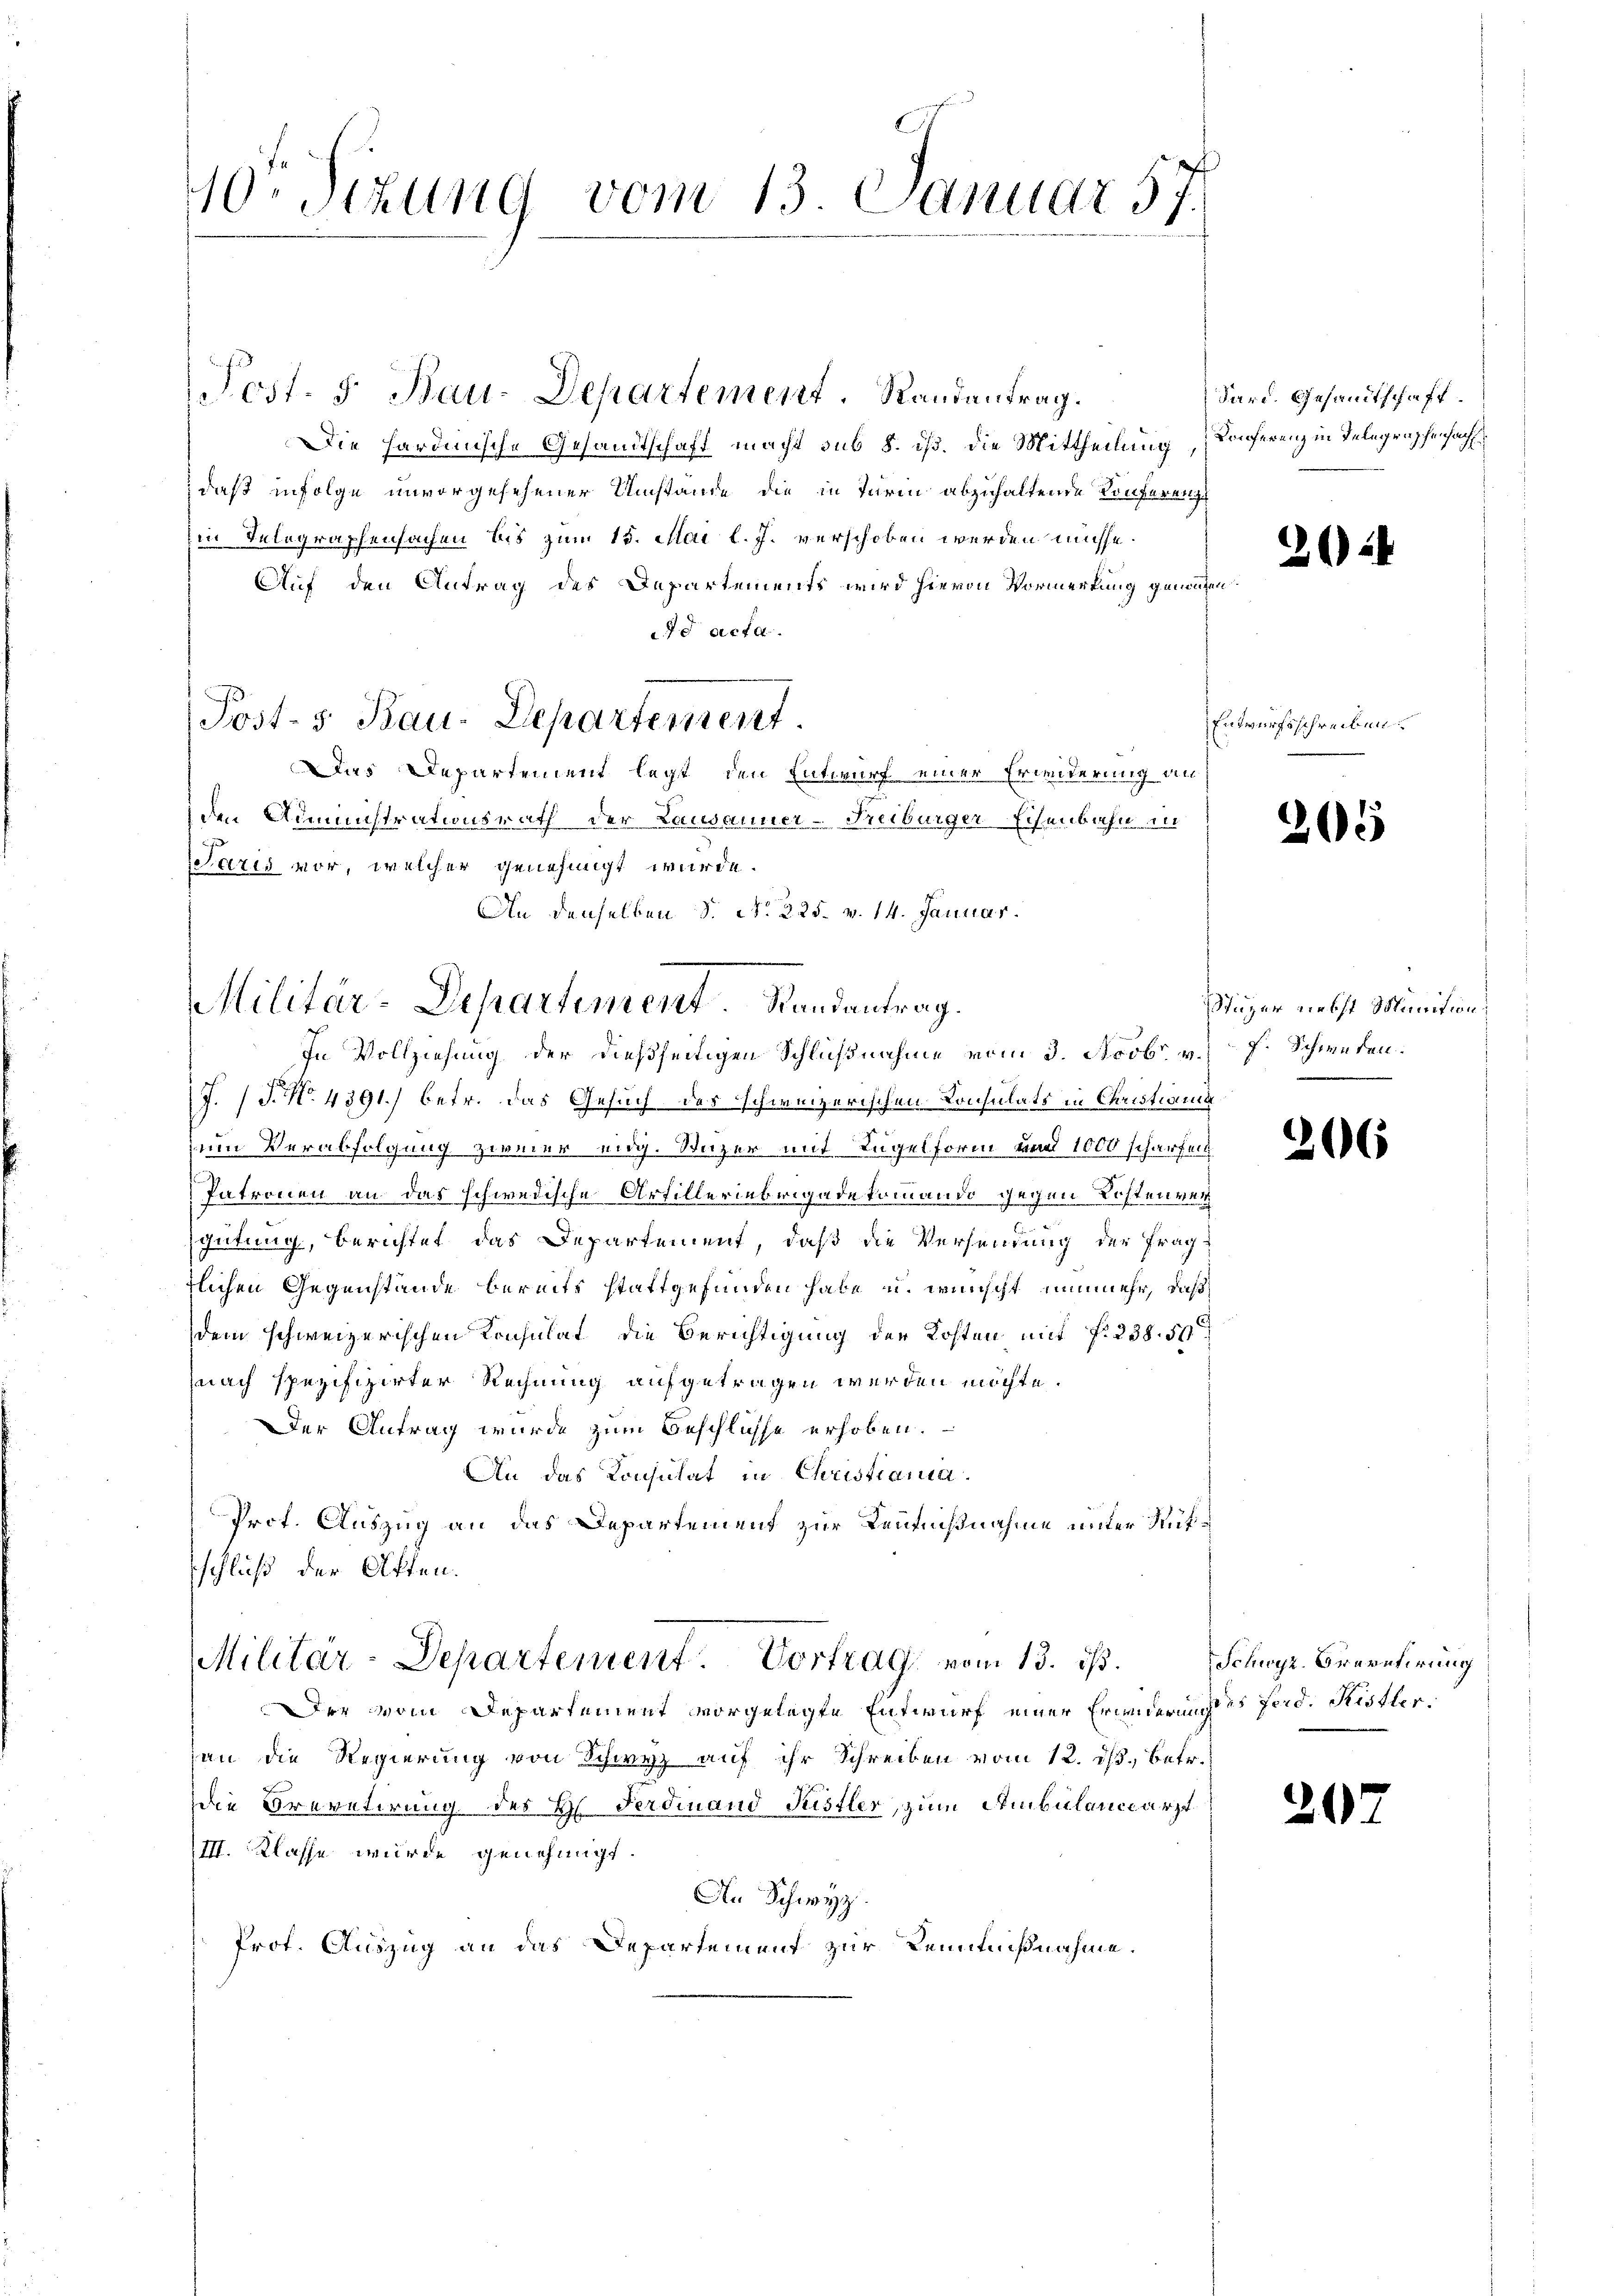
10° Sizung vom 13. Januar 57.

Die Hardinische Gesandtschaft macht sub 8. dß. Die Mittheilung Konferenz in Telegraschensach
daß infolge unvorgesehener Umstände die in Turin abzuhaltende Konferenz
Ein Telegraphensachen bis zum 15. Mai l. J. verschoben werden müsse.
Auf den Antrag des Departements wird hievon Vormerkung gemachen.
d acta.
Dies Departement legt den Entwurf einer Erleiderung an
den Administrationsrath der Lausanner-Freiburger Eisenbahn in
Saris vor, welcher genehmigt wurde.
An denselben d. No 225. v. 14. Januar.
In Vollziehung der dießseitigen Schlußnahme vom 3. Novbr. v. J. Schweden.
J. (T. No. 4391) betr. das Gesuch des schweizerischen Konsulats in Christiana
zum Verabfolgung zweier eidg. Wazer mit Kugelform und 1000 scharfen.
Patronen an das schwedische Artilleriebrigade kommando gegen Kostenver
schütung, berichtet das Departement, daß die Versendung der Frag
tlichen Gegenstände bereits stattgefunden habe u. wünscht nunmehr, daß
dem schweizerischen Konsulat die Berichtigung der Kosten mit 7. 238. 5
nach spezifizirter Rechnung aufgetragen werden möchte.
Der Antrag wurde zum Beschlüsse erhoben.
An das Konsulat in Christiania.
Prot. Auszug an das Departement zur Kenntnißnahme unter Rükschluß der Atten.
Militar-Departement Vortrag vom 13. ds.
Der vom Departement vorgelegte Entwurf einer Erwiederung des Ferd. Ristleran die Regierung von Schwyz auf ihr Schreiben vom 12. ds., betr.
Die Brevetirung des H. Ferdinand Pistles, zum Ambülanceärzt
III. Klasse wurde genehmigt.
An Schwyz
Prot. Auszug an das Departement zur Kenntnißnahme.

Post- 5. Bau-Departement

Post- 5. Bau-Departement. Randantrag.

Militär-Departiment. Randantrag.

Sard. Gesandtschaft.

22

Entwurfsschreiben.

2

Stizer nebst Munition

206

Schwyz, Brevetirung

207